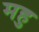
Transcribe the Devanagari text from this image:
महु